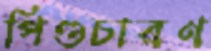
পিণ্ডচারণ